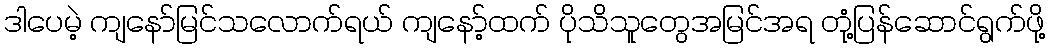
ဒါပေမဲ့ ကျနော်မြင်သလောက်ရယ် ကျနော့်ထက် ပိုသိသူတွေအမြင်အရ တုံ့ပြန်ဆောင်ရွက်ဖို့